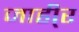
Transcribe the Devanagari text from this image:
जाही्र